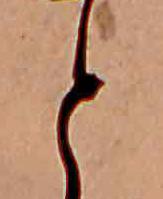
と